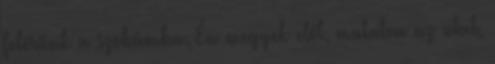
felérünk a szobámba. Én megyek elől, mutatva az utat,